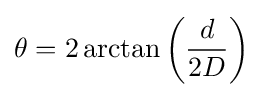
\theta =2\arctan \left({\frac {d}{2D}}\right)